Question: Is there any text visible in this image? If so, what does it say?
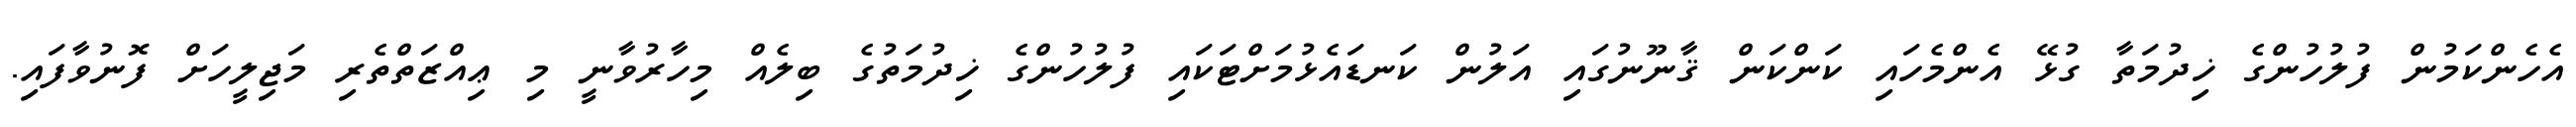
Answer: އެހެންކަމުން ފުލުހުންގެ ޚިދުމަތާ ގުޅޭ އެންމެހައި ކަންކަން ޤާނޫނުގައި އަލުން ކަނޑައެޅުމަށްޓަކައި ފުލުހުންގެ ޚިދުމަތުގެ ބިލެއް މިހާރުވާނީ މި ޢިއްޒަތްތެރި މަޖިލީހަށް ފޮނުވާފައި.